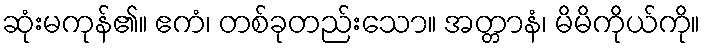
ဆုံးမကုန်၏။ ဧကံ၊ တစ်ခုတည်းသော။ အတ္တာနံ၊ မိမိကိုယ်ကို။